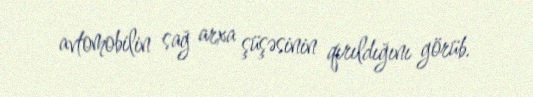
avtomobilin sağ arxa şüşəsinin qırıldığını görüb.